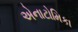
એનાટોમિકા